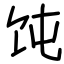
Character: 饨